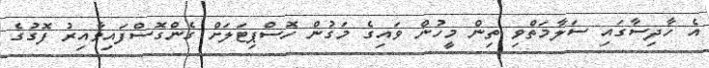
އެ ހާދިސާގައި ސަލާމަތްވި ތިން މީހުން ވައިގެ މަގުން ހޮސްޕިޓަލަށް ގެންގޮސްފައިވާއިރު ފޮގުގެ